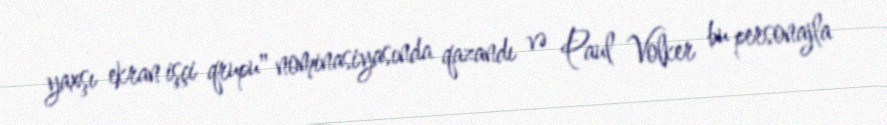
yaxşı ekran işçi qrupu" nominasiyasında qazandı və Paul Volker bu personajla